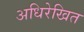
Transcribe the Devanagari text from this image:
अधिरेखित